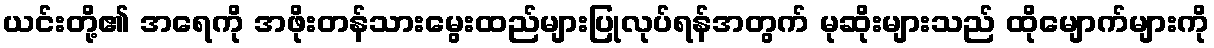
ယင်းတို့၏ အရေကို အဖိုးတန်သားမွေးထည်များပြုလုပ်ရန်အတွက် မုဆိုးများသည် ထိုမျောက်များကို